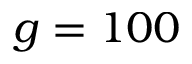
g = 1 0 0